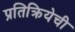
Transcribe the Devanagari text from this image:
प्रतिक्रियेची